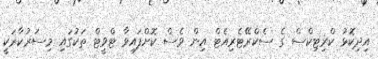
އިދިކޮޅު ކްރިޓިކްސް ގެ ސެކްރޭޓެރިއެޓް އިން ވެސް ކޮށްފައިވާ ޓްވީޓް ތަކުގައި މިސަރުކާރަކީ